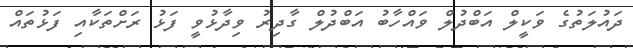
ދައުލަތުގެ ވަކީލް އަބްދުލް ވައްހާބު އަބްދުލް ގާދިރު ވިދާޅުވީ ފަޅު ރަށްތަކާއި ފަޅުތައް